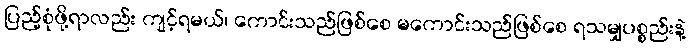
ပြည့်စုံဖို့ရာလည်း ကျင့်ရမယ်၊ ကောင်းသည်ဖြစ်စေ မကောင်းသည်ဖြစ်စေ ရသမျှပစ္စည်းနဲ့